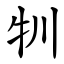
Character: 㸪